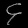
Digit: ၄